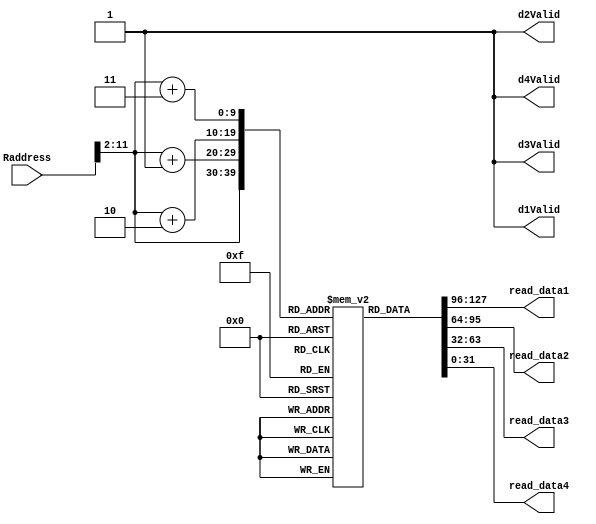

`timescale 1ns/1ns

module instr_mem(
   input [31:0] Raddress,
   output [31:0] read_data1,
   output [31:0] read_data2,
   output [31:0] read_data3,
   output [31:0] read_data4,
   output d1Valid,
   output d2Valid,
   output d3Valid,
   output d4Valid
);


   reg [31:0] mem_data [0:1023];

   assign #7 read_data1 = mem_data[ Raddress[31:2] ];
   assign #7 read_data2 = mem_data[ Raddress[31:2] +1];
   assign #7 read_data3 = mem_data[ Raddress[31:2] +2];
   assign #7 read_data4 = mem_data[ Raddress[31:2] +3];
   assign d1Valid = 1'b1;
   assign d2Valid = 1'b1;
   assign d3Valid = 1'b1;
   assign d4Valid = 1'b1;
   
   
endmodule